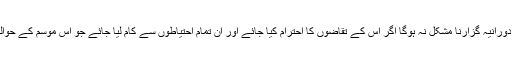
گرمیوں کے موسم کا دورانیہ اگرچہ بڑھ چکا ہے، تاہم یہ دورانیہ گزارنا مشکل نہ ہوگا اگر اس کے تقاضوں کا احترام کیا جائے اور ان تمام احتیاطوں سے کام لیا جائے جو اس موسم کے حوالے سے بزرگوں اور دانش وروں نے تجویز کر رکھی ہیں۔